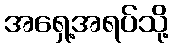
အရှေ့အရပ်သို့